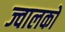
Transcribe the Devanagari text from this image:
ज्वालकों